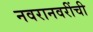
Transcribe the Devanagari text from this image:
नवरानवरींची